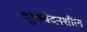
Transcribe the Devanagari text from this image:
दूरसंवेदनशील